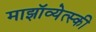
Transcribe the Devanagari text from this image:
माझॉव्येत्स्की